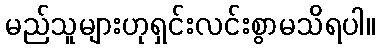
မည်သူများဟုရှင်းလင်းစွာမသိရပါ။